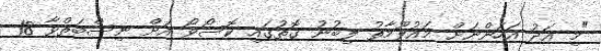
"މި އަދު އަހަންނަށް މައުލޫމާތު ލިބުނު ގޮތުގައި ކޮސޯވޯ އަށް ނިސްބަތްވާ 18